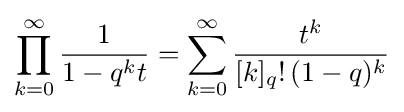
\prod _{k=0}^{\infty }{\frac {1}{1-q^{k}t}}=\sum _{k=0}^{\infty }{\frac {t^{k}}{[k]_{q}!\,(1-q)^{k}}}